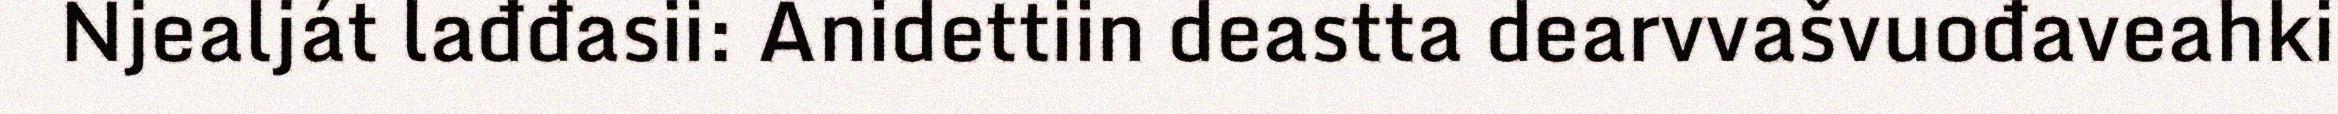
Njealját lađđasii: Anidettiin deastta dearvvašvuođaveahki